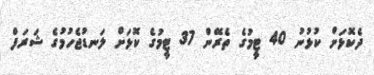
ދެކޮޅަށް ކުޅުނު 40 ޓީމުގެ ތެރޭން 37 ޓީމުގެ ކޮޅަށް ލަނޑުޖެހުމުގެ ޝަރަފް